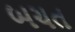
બચત